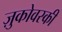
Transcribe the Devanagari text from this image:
ज़ुकोवस्की